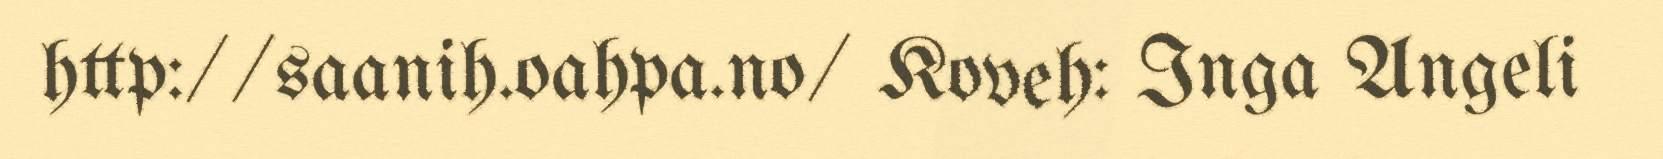
http://saanih.oahpa.no/ Koveh: Inga Angeli